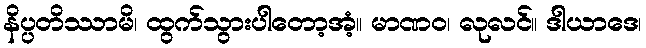
နိပ္ပတိဿာမိ၊ ထွက်သွားပါတော့အံ့။ မာဏဝ၊ လုလင်။ ဒါယာဒေ၊